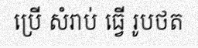
ប្រើ សំរាប់ ធ្វើ រូបថត